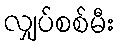
လျှပ်စစ်မီး